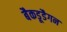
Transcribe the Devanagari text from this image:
बैकडूडैगन